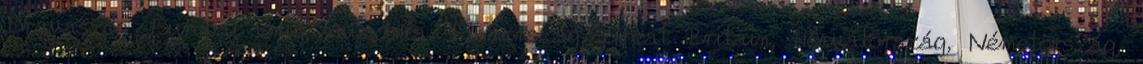
Drávaszög, Európai Unió, Ausztria, Finnország, Great Britain, Horvátország, Németország,